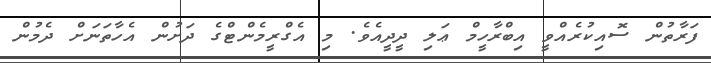
ފަރާތުން ސޮއިކުރެއްވީ އިބްރާހީމް ޢަލި ދީދީއެވެ. މި އެގްރީމެންޓްގެ ދަށުން އެހާތަނަށް ދެމުން